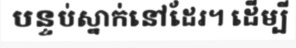
បន្ទប់ស្នាក់នៅដែរ។ ដើម្បី